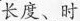
长度、时